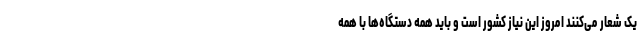
یک شعار می‌کنند امروز این نیاز کشور است و باید همه دستگاه‌ها با همه